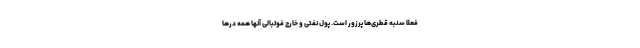
فعلا سنبه قطری‌ها پرزور است. پول نفتی و خارج فوتبالی آنها همه درها